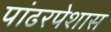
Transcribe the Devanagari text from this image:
पांढरपेशास